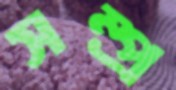
সম্প্র